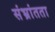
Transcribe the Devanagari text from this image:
संभ्रांतता